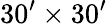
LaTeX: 30^{\prime}\times 30^{\prime}